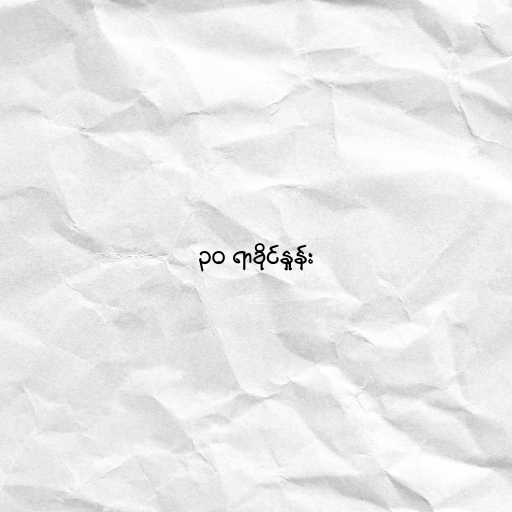
၃၀ ရာခိုင်နှုန်း